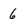
Character: 6